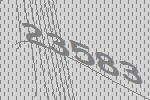
23583